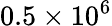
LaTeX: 0.5\times 10^{6}